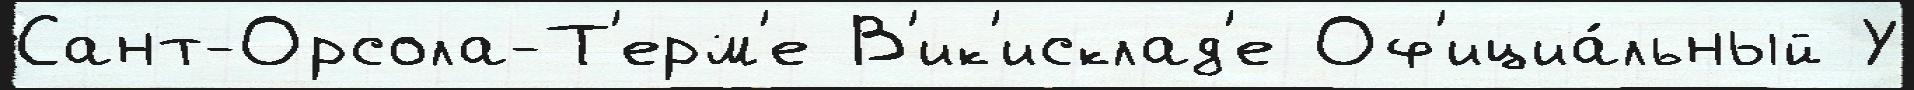
Сант-Орсола-Т'ерм'е В'ик'исклад'е Оф'ициа́льный У